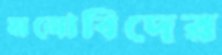
মনোবিদের